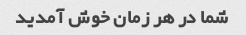
شما در هر زمان خوش آمدید